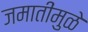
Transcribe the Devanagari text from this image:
जमातींमुळे